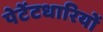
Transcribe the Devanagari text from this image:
पेटेंटधारियों